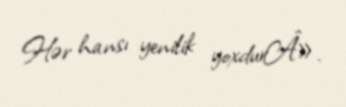
Hər hansı yenilik yoxdurÂ».